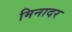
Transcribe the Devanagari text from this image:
मिनादर